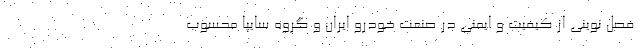
فصل نويني از كيفيت و ايمني در صنعت خودرو ايران و گروه سایپا محسوب